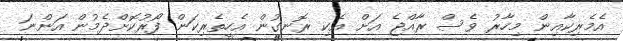
އެމެރިކާއިން މިހާރު ވެސް ރާއްޖެ އަށް އެކި ރޮނގުން އެހީތެރިކަން ފޯރުކޮށްދެމުން އަންނަ